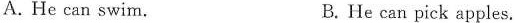
A. He can swim. B. He can pick apples.